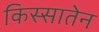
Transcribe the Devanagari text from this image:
किस्सातेन